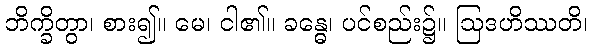
ဘိက္ခိတွာ၊ စား၍။ မေ၊ ငါ၏။ ခန္ဓေ၊ ပင်စည်း၌။ ဩဒဟိဿတိ၊